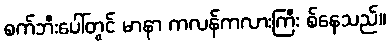
စက်ဘီးပေါ်တွင် မာနာ ကလန်ကလားကြီး စ်နေသည်။